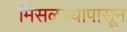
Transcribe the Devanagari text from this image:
मिसळण्यापासून